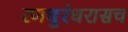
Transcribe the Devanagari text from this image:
रणधुरंधरासच